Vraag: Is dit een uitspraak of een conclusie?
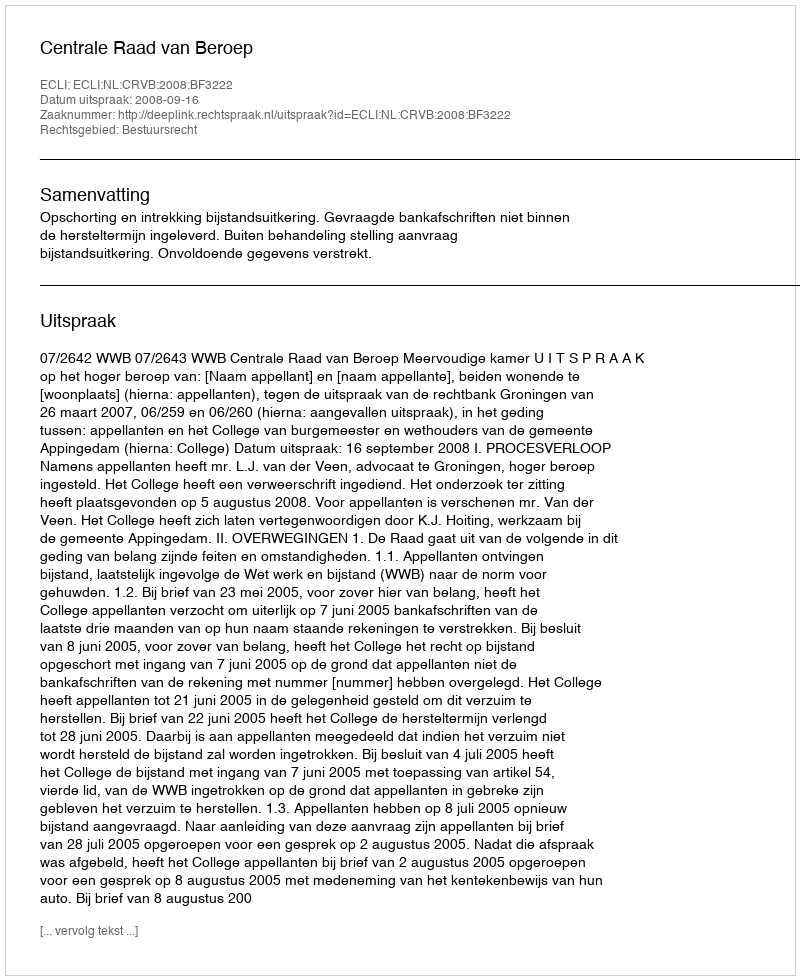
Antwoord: Uitspraak